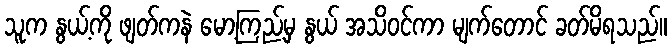
သူက နွယ့်ကို ဖျတ်ကနဲ မော့ကြည့်မှ နွယ် အသိဝင်ကာ မျက်တောင် ခတ်မိရသည်။